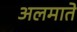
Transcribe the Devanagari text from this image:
अलमाते